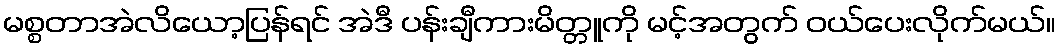
မစ္စတာအဲလိယော့ပြန်ရင် အဲဒီ ပန်းချီကားမိတ္တူကို မင့်အတွက် ဝယ်ပေးလိုက်မယ်။